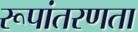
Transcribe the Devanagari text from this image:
रूपांतरणता